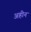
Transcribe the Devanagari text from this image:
अहीन